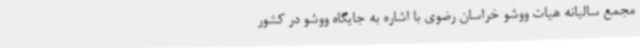
مجمع سالیانه هیات ووشو خراسان رضوی با اشاره به جایگاه ووشو در کشور